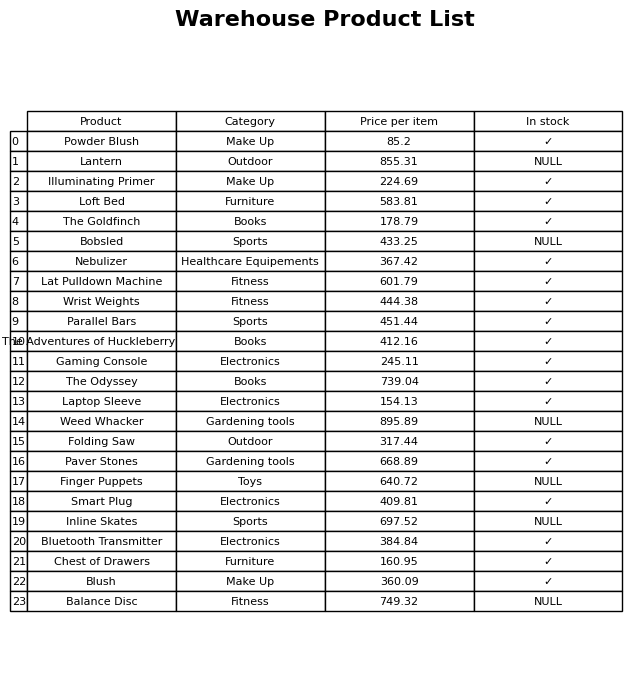
question: What is the price for Balance Disc?
answer: The price of Balance Disc is 749.32.